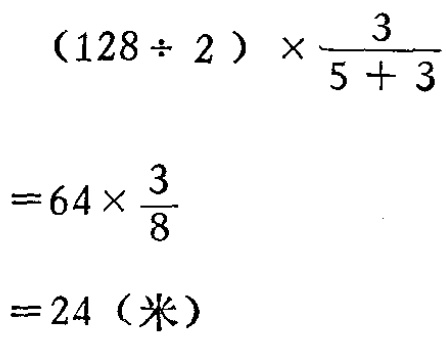
\((128\div 2)\times\frac{3}{5 + 3}\\

=64\times\frac{3}{8}\\

=24 \text{（米）}\)